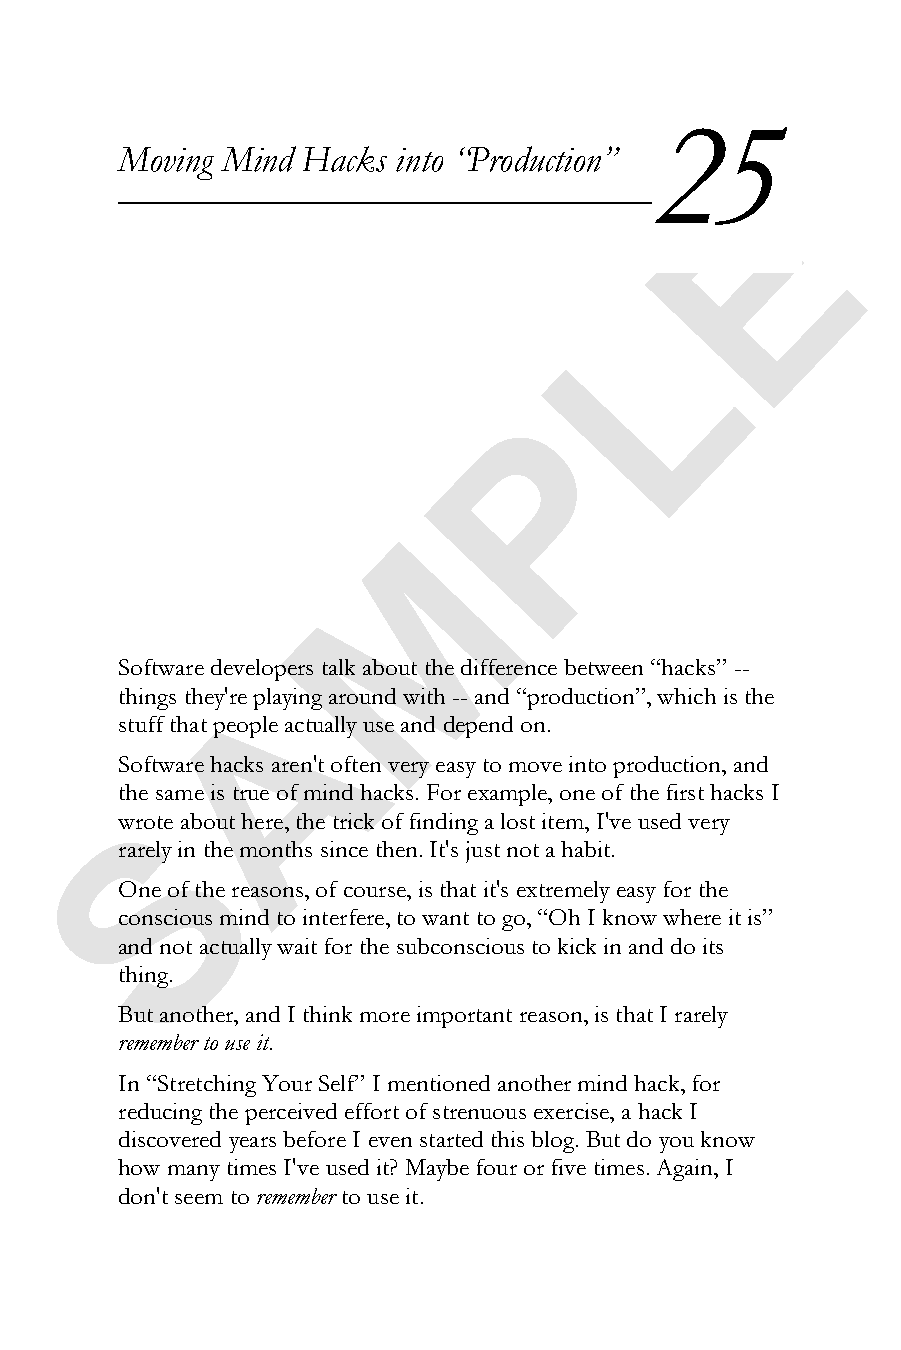
25
 Moving Mind Hacks into “Production”
 E
 L
 P
 M
 Software developers talk about the difference between “hacks” --
 A
 things they're playing around with -- and “production”, which is the
 stuff that people actually use and depend on.
 Software hacks aren't often very easy to move into production, and
 the same is true of mind hacks. For example, one of the first hacks I
 S
 wrote about here, the trick of finding a lost item, I've used very
 rarely in the months since then. It's just not a habit.
 One of the reasons, of course, is that it's extremely easy for the
 conscious mind to interfere, to want to go, “Oh I know where it is”
 and not actually wait for the subconscious to kick in and do its
 thing.
 But another, and I think more important reason, is that I rarely
 remember to use it.
 In “Stretching Your Self” I mentioned another mind hack, for
 reducing the perceived effort of strenuous exercise, a hack I
 discovered years before I even started this blog. But do you know
 how many times I've used it? Maybe four or five times. Again, I
 don't seem to remember to use it.